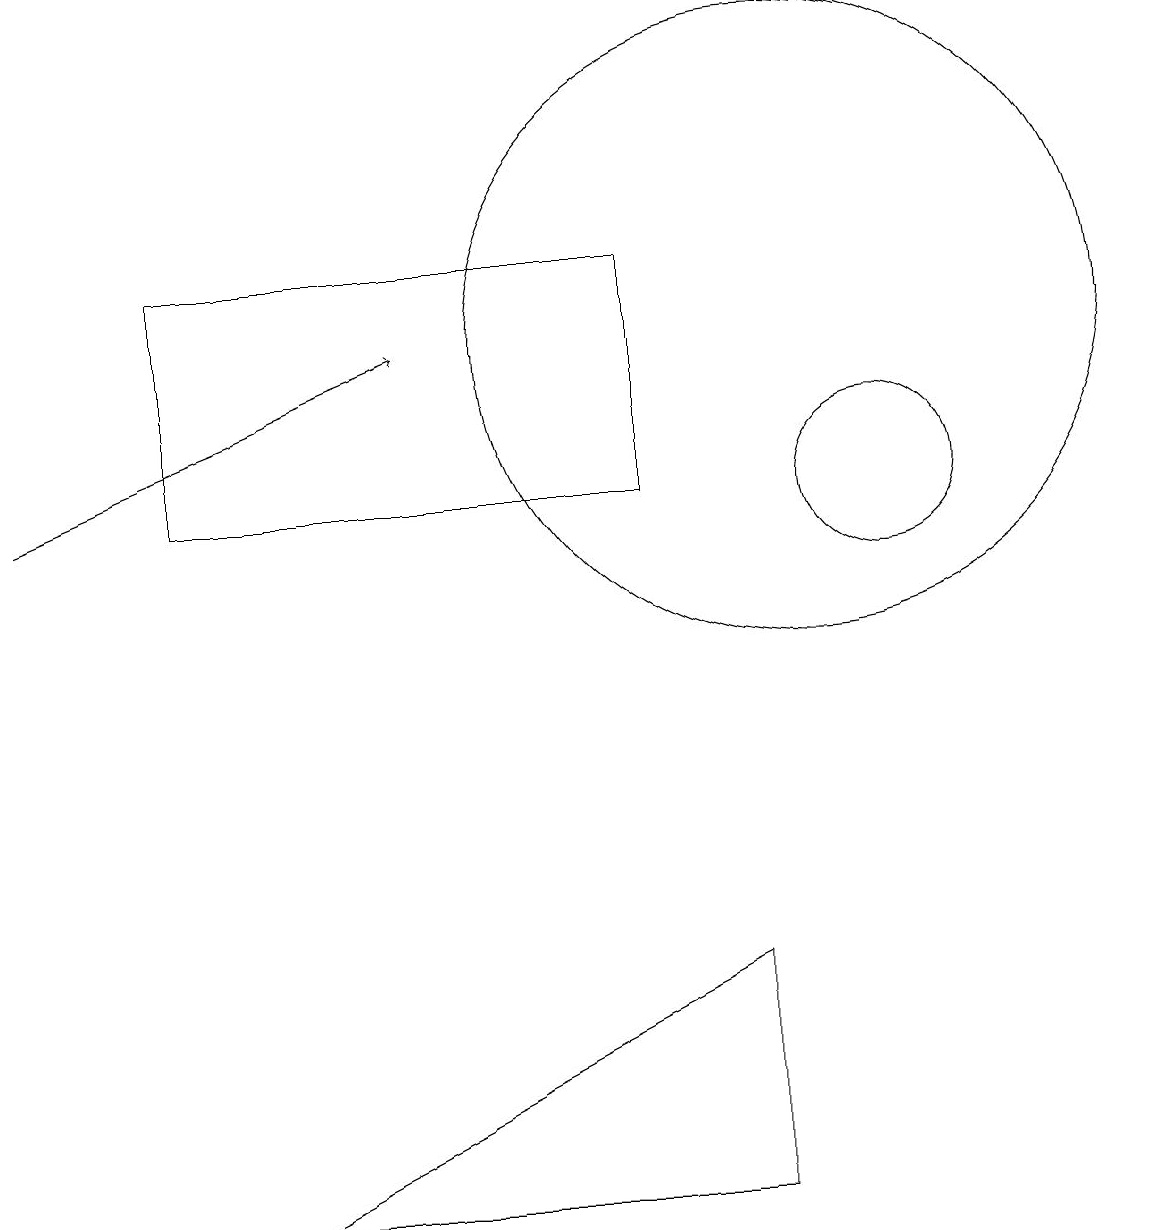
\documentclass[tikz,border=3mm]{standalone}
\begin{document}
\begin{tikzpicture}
\draw (11,10) circle (1);
\draw (10,12) circle (4);
\draw (8,13) rectangle (2,10);
\draw (9,4) -- (3,1) -- (9,1) -- cycle;
\draw[->] (0,10) -- (5,12);
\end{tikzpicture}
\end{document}